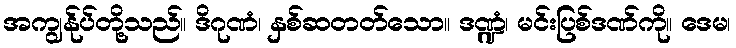
အကျွန်ုပ်တို့သည်။ ဒိဂုဏံ၊ နှစ်ဆတတ်သော။ ဒဏ္ဍံ၊ မင်းပြစ်ဒဏ်ကို။ ဒေမ၊